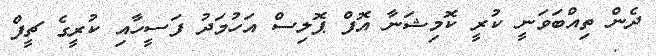
ދެން ތިއްބަވަނީ ކުރީ ކޮމިޝަނާ އޮފް ޕޮލިސް އަހުމަދު ފަސީހާއި ކުރީގެ ޗީފް